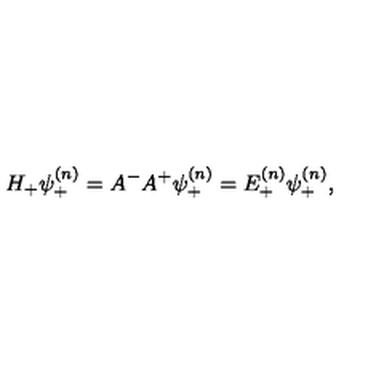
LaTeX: H _ { + } \psi _ { + } ^ { ( n ) } = A ^ { - } A ^ { + } \psi _ { + } ^ { ( n ) } = E _ { + } ^ { ( n ) } \psi _ { + } ^ { ( n ) } ,